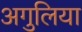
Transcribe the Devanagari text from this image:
अगुलिया